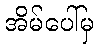
အိမ်ပေါ်မှ